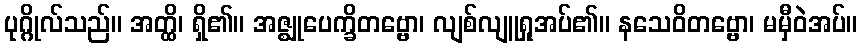
ပုဂ္ဂိုလ်သည်။ အတ္ထိ၊ ရှိ၏။ အဇ္ဈုပေက္ခိတဗ္ဗော၊ လျစ်လျူရှုအပ်၏။ နသေဝိတဗ္ဗော၊ မမှီဝဲအပ်။